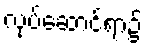
လုပ်ဆောင်ရာ၌